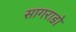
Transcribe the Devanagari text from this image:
सागराडो